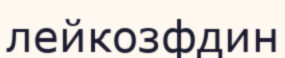
лейкозфдин